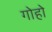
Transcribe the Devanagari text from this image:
गोहो